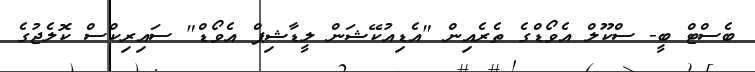
ބެސްޓް ބީ- ސްކޫލް އެވޯޑްގެ ތެރެއިން "އެޑިއުކޭޝަން ލީޑާޝިޕް އެވޯޑް" ސައިރިކްސް ކޮލެޖުގެ